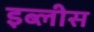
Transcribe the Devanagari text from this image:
इब्लीस